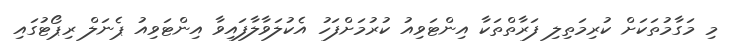
މި މަގާމުތަކަށް ކުރިމަތިލި ފަރާތްތަކާ އިންޓަވިއު ކުރުމަށްފަހު އެކުލަވާލާފައިވާ އިންޓަވިއު ޕެނަލް ރިޕޯޓުގައި